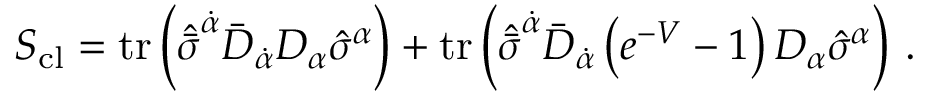
S _ { \mathrm { c l } } = \mathrm { t r } \left( \hat { \bar { \sigma } } ^ { \dot { \alpha } } \bar { D } _ { \dot { \alpha } } D _ { \alpha } \hat { \sigma } ^ { \alpha } \right) + \mathrm { t r } \left( { \hat { \bar { \sigma } } } ^ { \dot { \alpha } } \bar { D } _ { \dot { \alpha } } \left( e ^ { - V } - 1 \right) D _ { \alpha } { \hat { \sigma } } ^ { \alpha } \right) \, .